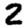
Digit: 2